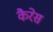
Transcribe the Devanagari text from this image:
कैरेस